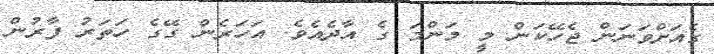
ގެއަށްވަނަން ޖެހޭކަން މީ މަންމަ ގެ އާދެއެވެ. އަހަރެން ގޭގެ ހަތަރު ފާރުން